Riigikantselei, lk 46
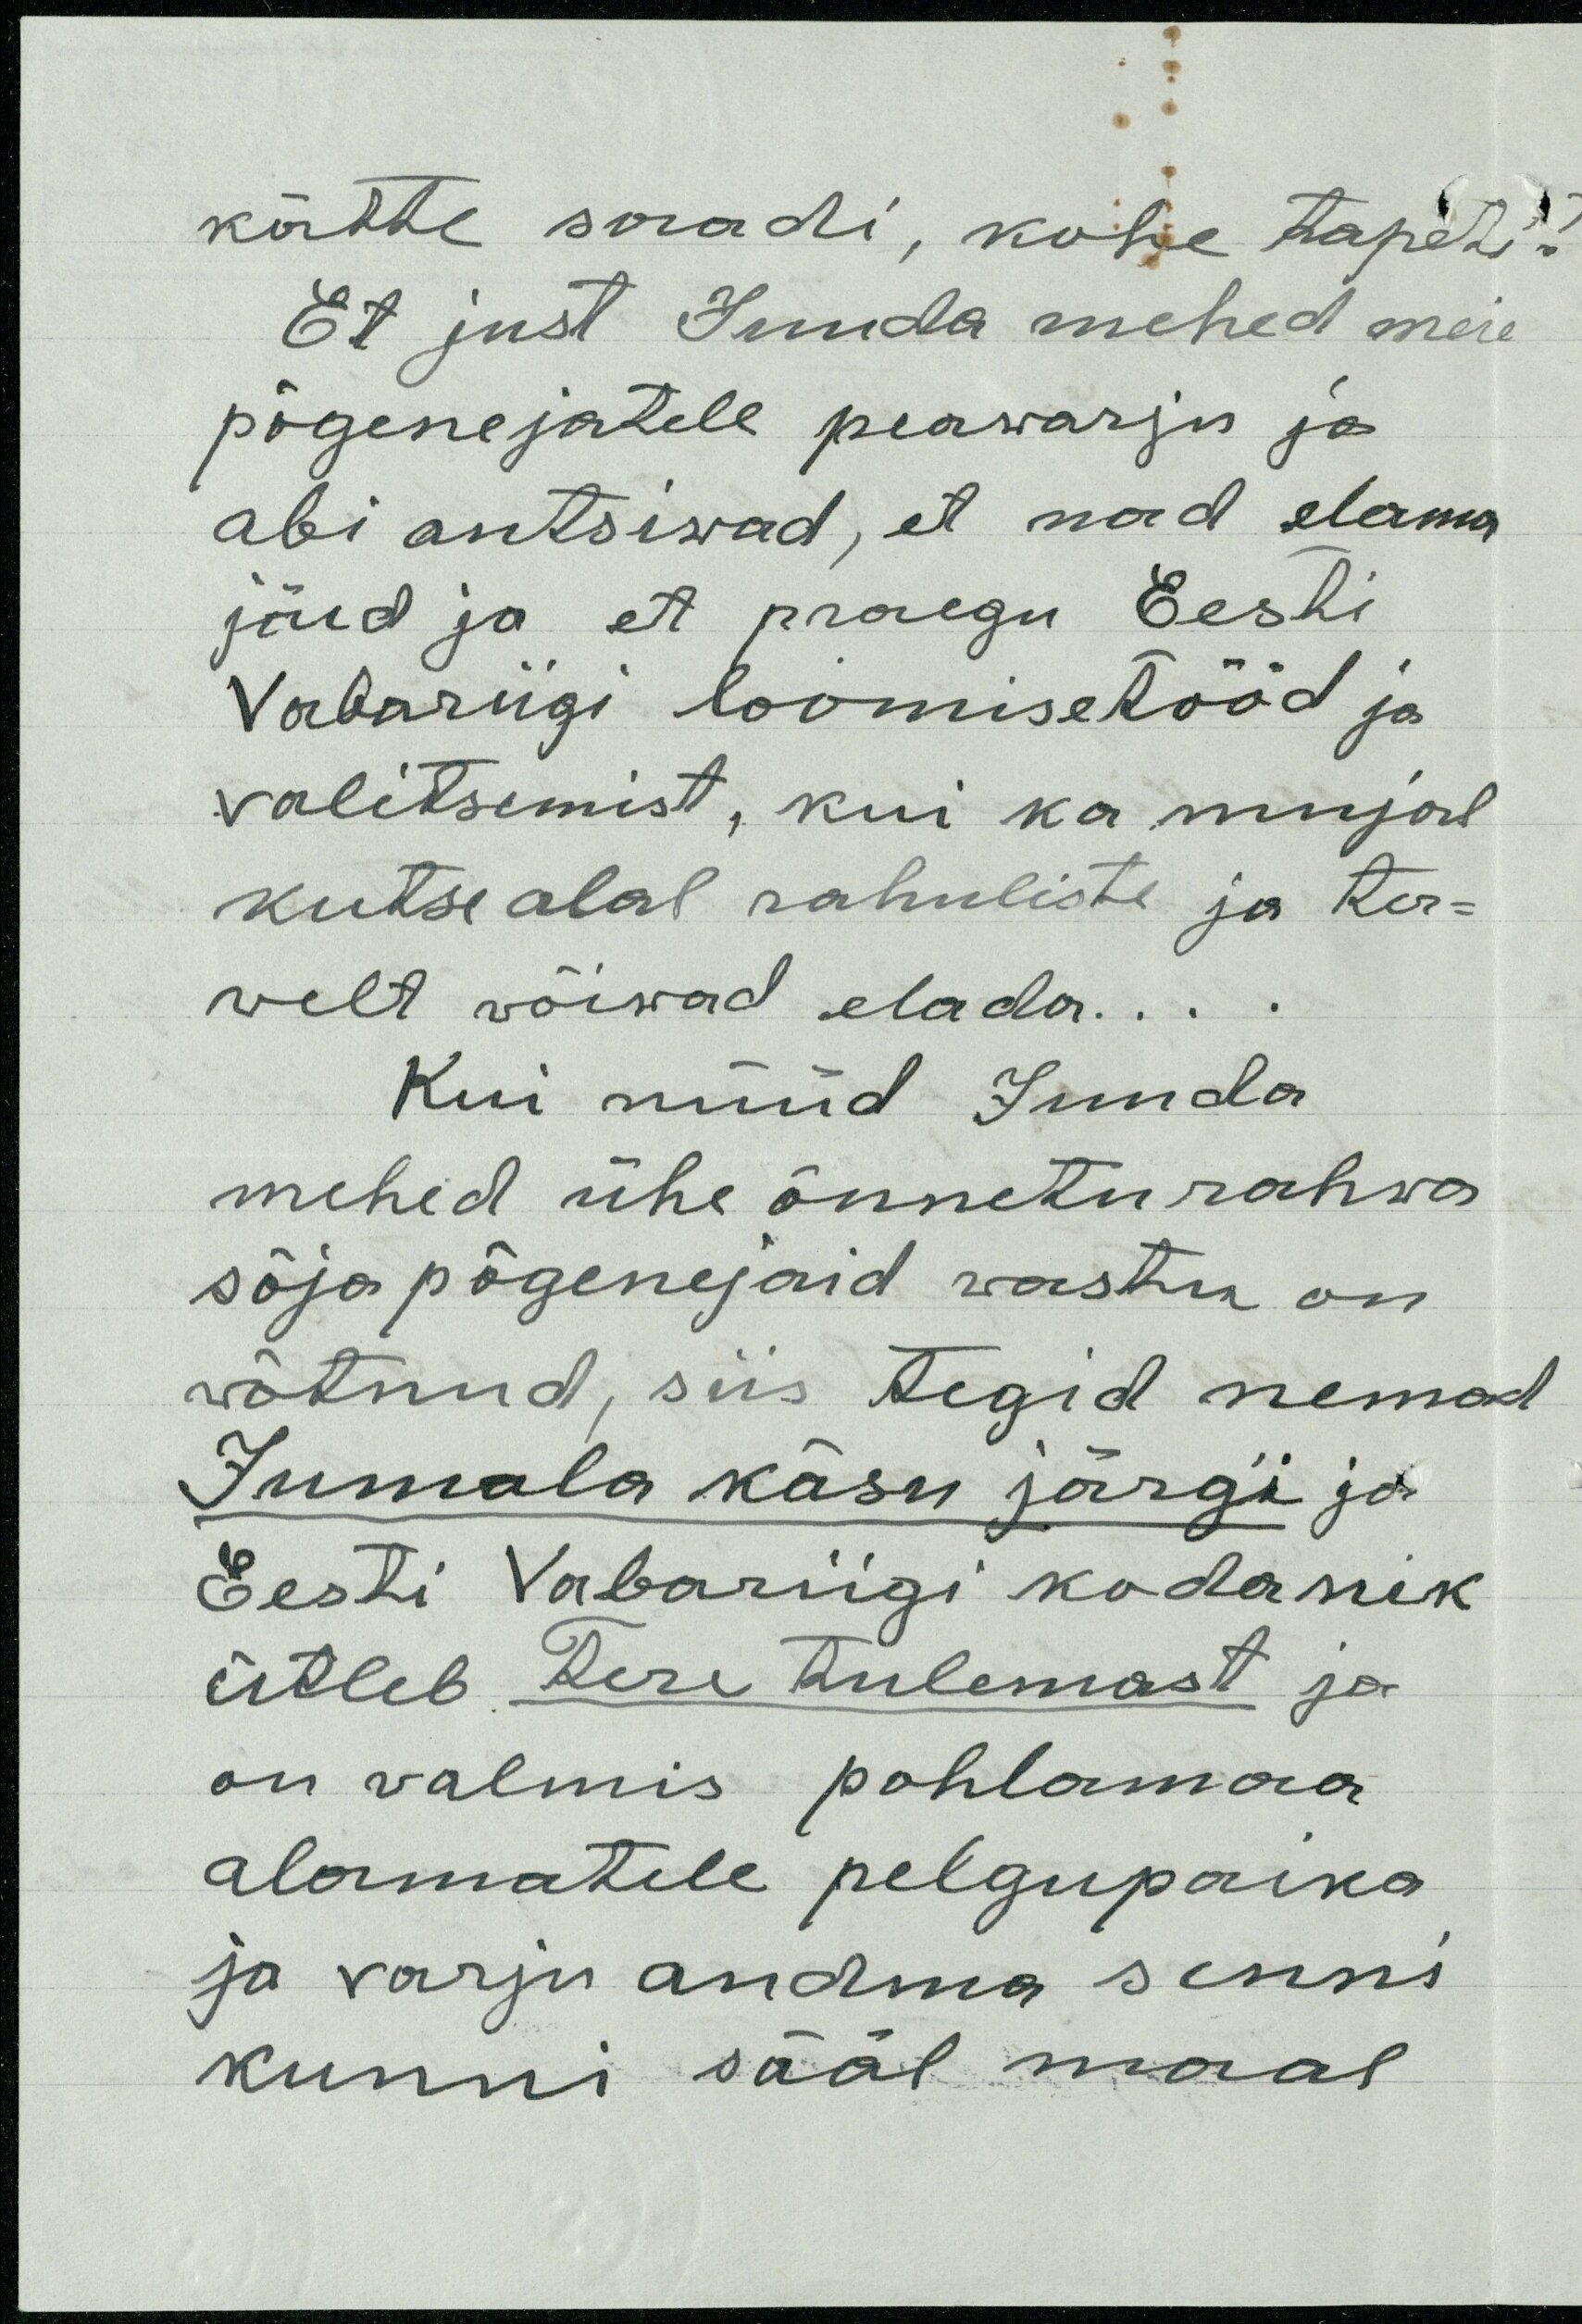
kätte saadi, kohe tapeti!
Et just Juuda mehed meie
põgenejatele peawarju ja
abi antsiwad, et nad elama
jäid ja et praegu Eesti
Vabariigi loomisetööd ja
valitsemist, kui ka mujal
kutse alal rahuliste ja ter-
welt võiwad elada...
Kui nüüd Juuda
mehed ühe õnnetu rahwa
sõja põgenejaid wastu on
wõtnud, siis tegid nemad
Jumala käsu järgi ja
Eesti Vabariigi kodanik
ütleb Tere tulemast ja
on valmis pohlamaa
alamatele pelgupaika
ja varju andma senni
kunni sääl maal